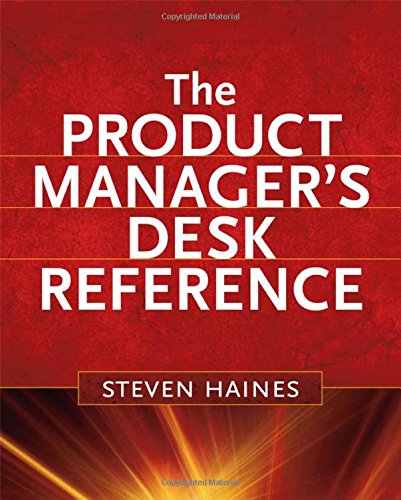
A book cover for The Product Manager's Desk Reference; Steven Haines; Business & Money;